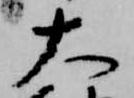
大